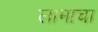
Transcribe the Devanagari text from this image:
लामाचा